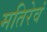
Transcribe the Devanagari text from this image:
मतिरेवं